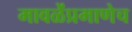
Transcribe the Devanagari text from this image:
मावळेंप्रमाणेच